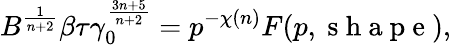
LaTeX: B^{\frac{1}{n+2}}\beta\tau\gamma_{0}^{\frac{3n+5}{n+2}}=p^{-\chi(n)}F(p,\mathrm{~s~h~a~p~e~}),